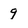
Character: 9